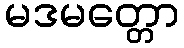
မဒမတ္တော